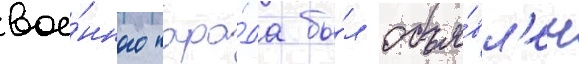
вое́нного пара́да бы́л объя́вл'ен